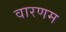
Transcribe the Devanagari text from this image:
वारणम